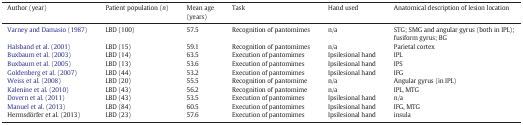
<table><thead><tr><td><b>Author (year)</b></td><td><b>Patient population (<i>n</i>)</b></td><td><b>Mean age (years)</b></td><td><b>Task</b></td><td><b>Hand used</b></td><td><b>Anatomical description of lesion location</b></td></tr></thead><tbody><tr><td>Varney and Damasio (1987)</td><td>LBD (100)</td><td>57.5</td><td>Recognition of pantomimes</td><td>n/a</td><td>STG; SMG and angular gyrus (both in IPL); fusiform gyrus; BG</td></tr><tr><td>Halsband et al. (2001)</td><td>LBD (15)</td><td>59.1</td><td>Recognition of pantomimes</td><td>n/a</td><td>Parietal cortex</td></tr><tr><td>Buxbaum et al. (2003)</td><td>LBD (14)</td><td>63.5</td><td>Execution of pantomimes</td><td>Ipsilesional hand</td><td>IPL</td></tr><tr><td>Buxbaum et al. (2005)</td><td>LBD (13)</td><td>53.6</td><td>Execution of pantomimes</td><td>Ipsilesional hand</td><td>IPS</td></tr><tr><td>Goldenberg et al. (2007)</td><td>LBD (44)</td><td>53.2</td><td>Execution of pantomimes</td><td>Ipsilesional hand</td><td>IFG</td></tr><tr><td>Weiss et al. (2008)</td><td>LBD (20)</td><td>55.5</td><td>Recognition of pantomime</td><td>n/a</td><td>Angular gyrus (in IPL)</td></tr><tr><td>Kalenine et al. (2010)</td><td>LBD (43)</td><td>56.2</td><td>Recognition of pantomime</td><td>n/a</td><td>IPL, MTG</td></tr><tr><td>Dovern et al. (2011)</td><td>LBD (43)</td><td>53.5</td><td>Execution of pantomimes</td><td>Ipsilesional hand</td><td>n/a</td></tr><tr><td>Manuel et al. (2013)</td><td>LBD (84)</td><td>60.5</td><td>Execution of pantomimes</td><td>Ipsilesional hand</td><td>IFG, MTG</td></tr><tr><td>Hermsdörfer et al. (2013)</td><td>LBD (23)</td><td>57.6</td><td>Execution of pantomimes</td><td>Ipsilesional hand</td><td>insula</td></tr></tbody></table>